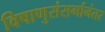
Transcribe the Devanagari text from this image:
विषाणुसंसर्गानंतर